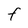
Character: f